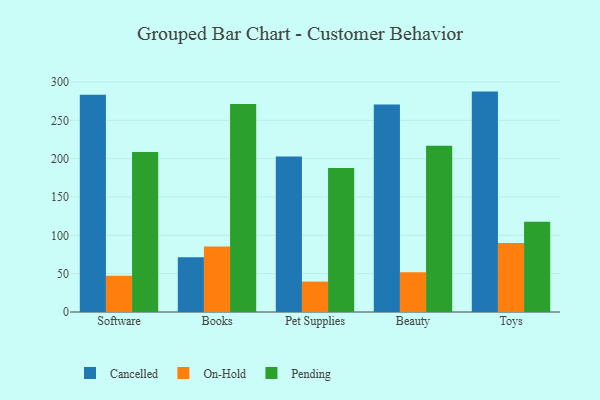
{"axis": {"x": "Category", "y": "Market Share (%)"}, "legend": ["Cancelled", "On-Hold", "Pending"], "data": [{"x": "Software", "y": 283.4, "type": "Cancelled"}, {"x": "Software", "y": 47.2, "type": "On-Hold"}, {"x": "Software", "y": 208.6, "type": "Pending"}, {"x": "Books", "y": 71.4, "type": "Cancelled"}, {"x": "Books", "y": 85.6, "type": "On-Hold"}, {"x": "Books", "y": 271.2, "type": "Pending"}, {"x": "Pet Supplies", "y": 202.9, "type": "Cancelled"}, {"x": "Pet Supplies", "y": 39.7, "type": "On-Hold"}, {"x": "Pet Supplies", "y": 187.9, "type": "Pending"}, {"x": "Beauty", "y": 270.7, "type": "Cancelled"}, {"x": "Beauty", "y": 52.0, "type": "On-Hold"}, {"x": "Beauty", "y": 217.0, "type": "Pending"}, {"x": "Toys", "y": 287.5, "type": "Cancelled"}, {"x": "Toys", "y": 89.9, "type": "On-Hold"}, {"x": "Toys", "y": 117.6, "type": "Pending"}]}